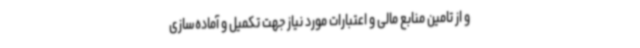
و از تامین منابع مالی و اعتبارات مورد نیاز جهت تکمیل و آماده‌سازی